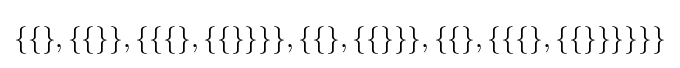
\{\{\},\{\{\}\},\{\{\{\},\{\{\}\}\}\},\{\{\},\{\{\}\}\},\{\{\},\{\{\{\},\{\{\}\}\}\}\}\}